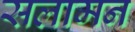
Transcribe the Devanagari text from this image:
सलामन